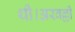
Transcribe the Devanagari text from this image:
थी।अरवल्ली